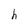
Character: h